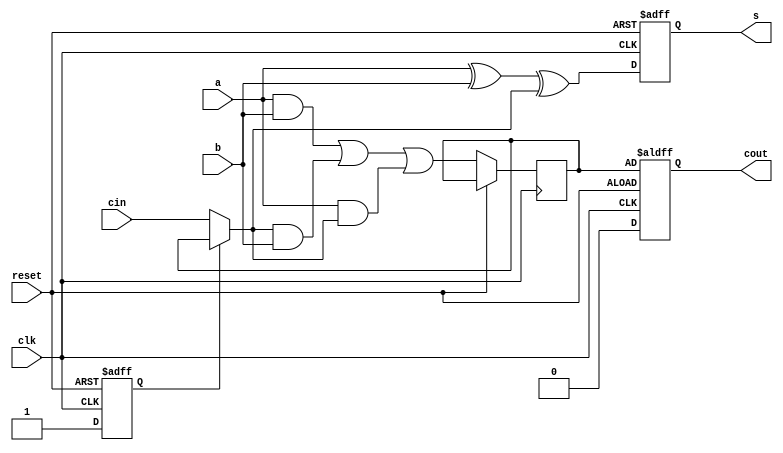
module serial_adder 
    (   input clk,reset,  
        input a,b,cin,  
        output reg s,cout 
        );

reg c,flag;

always@(posedge clk or posedge reset)
begin
    if(reset == 1) begin //active high reset
        s = 0;
        cout = c;
        flag = 0;
    end else begin
        if(flag == 0) begin
            c = cin;  //on first iteration after reset, assign cin to c.
            flag = 1;  
        end 
        cout = 0;
        s = a ^ b ^ c;  //SUM
        c = (a & b) | (c & b) | (a & c);  //CARRY
    end 
end

endmodule